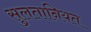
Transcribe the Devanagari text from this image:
सुलतानियत